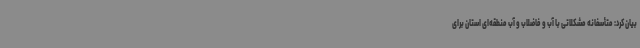
بیان کرد: متأسفانه مشکلاتی با آب و فاضلاب و آب منطقه‌ای استان برای